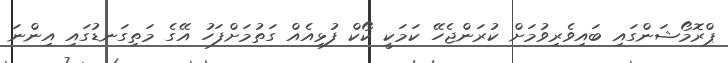
ޕްރޮމޯޝަންގައި ބައިވެރިވުމަށް ކުރަންޖެހޭ ކަމަކީ ކޯކް ފުޅިއެއް ގަތުމަށްފަހު އޭގެ މަތިގަނޑުގައި އިންނަ